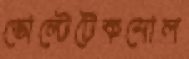
ভোল্টেটেকনোল